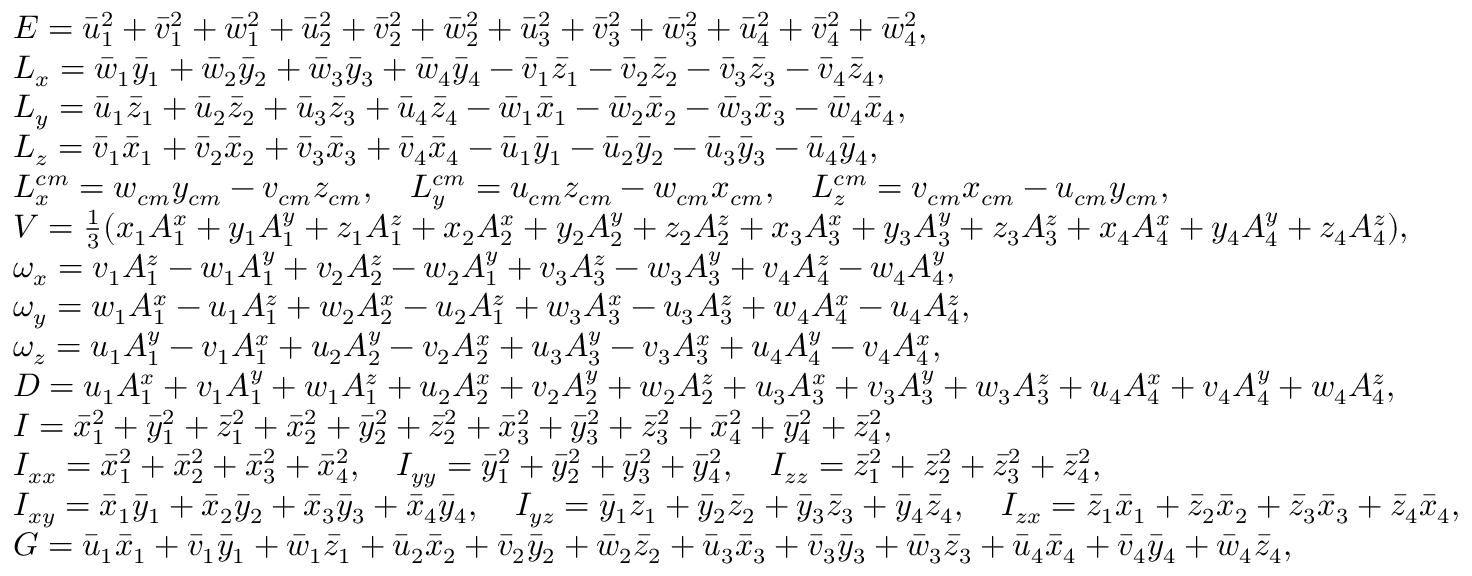
\small \begin{array} { r l } & { E = \Bar { u } _ { 1 } ^ { 2 } + \Bar { v } _ { 1 } ^ { 2 } + \Bar { w } _ { 1 } ^ { 2 } + \Bar { u } _ { 2 } ^ { 2 } + \Bar { v } _ { 2 } ^ { 2 } + \Bar { w } _ { 2 } ^ { 2 } + \Bar { u } _ { 3 } ^ { 2 } + \Bar { v } _ { 3 } ^ { 2 } + \Bar { w } _ { 3 } ^ { 2 } + \Bar { u } _ { 4 } ^ { 2 } + \Bar { v } _ { 4 } ^ { 2 } + \Bar { w } _ { 4 } ^ { 2 } , } \\ & { L _ { x } = \Bar { w } _ { 1 } \Bar { y } _ { 1 } + \Bar { w } _ { 2 } \Bar { y } _ { 2 } + \Bar { w } _ { 3 } \Bar { y } _ { 3 } + \Bar { w } _ { 4 } \Bar { y } _ { 4 } - \Bar { v } _ { 1 } \Bar { z } _ { 1 } - \Bar { v } _ { 2 } \Bar { z } _ { 2 } - \Bar { v } _ { 3 } \Bar { z } _ { 3 } - \Bar { v } _ { 4 } \Bar { z } _ { 4 } , } \\ & { L _ { y } = \Bar { u } _ { 1 } \Bar { z } _ { 1 } + \Bar { u } _ { 2 } \Bar { z } _ { 2 } + \Bar { u } _ { 3 } \Bar { z } _ { 3 } + \Bar { u } _ { 4 } \Bar { z } _ { 4 } - \Bar { w } _ { 1 } \Bar { x } _ { 1 } - \Bar { w } _ { 2 } \Bar { x } _ { 2 } - \Bar { w } _ { 3 } \Bar { x } _ { 3 } - \Bar { w } _ { 4 } \Bar { x } _ { 4 } , } \\ & { L _ { z } = \Bar { v } _ { 1 } \Bar { x } _ { 1 } + \Bar { v } _ { 2 } \Bar { x } _ { 2 } + \Bar { v } _ { 3 } \Bar { x } _ { 3 } + \Bar { v } _ { 4 } \Bar { x } _ { 4 } - \Bar { u } _ { 1 } \Bar { y } _ { 1 } - \Bar { u } _ { 2 } \Bar { y } _ { 2 } - \Bar { u } _ { 3 } \Bar { y } _ { 3 } - \Bar { u } _ { 4 } \Bar { y } _ { 4 } , } \\ & { L _ { x } ^ { c m } = w _ { c m } y _ { c m } - v _ { c m } z _ { c m } , \quad L _ { y } ^ { c m } = u _ { c m } z _ { c m } - w _ { c m } x _ { c m } , \quad L _ { z } ^ { c m } = v _ { c m } x _ { c m } - u _ { c m } y _ { c m } , } \\ & { V = \frac { 1 } { 3 } ( x _ { 1 } A _ { 1 } ^ { x } + y _ { 1 } A _ { 1 } ^ { y } + z _ { 1 } A _ { 1 } ^ { z } + x _ { 2 } A _ { 2 } ^ { x } + y _ { 2 } A _ { 2 } ^ { y } + z _ { 2 } A _ { 2 } ^ { z } + x _ { 3 } A _ { 3 } ^ { x } + y _ { 3 } A _ { 3 } ^ { y } + z _ { 3 } A _ { 3 } ^ { z } + x _ { 4 } A _ { 4 } ^ { x } + y _ { 4 } A _ { 4 } ^ { y } + z _ { 4 } A _ { 4 } ^ { z } ) , } \\ & { \omega _ { x } = v _ { 1 } A _ { 1 } ^ { z } - w _ { 1 } A _ { 1 } ^ { y } + v _ { 2 } A _ { 2 } ^ { z } - w _ { 2 } A _ { 1 } ^ { y } + v _ { 3 } A _ { 3 } ^ { z } - w _ { 3 } A _ { 3 } ^ { y } + v _ { 4 } A _ { 4 } ^ { z } - w _ { 4 } A _ { 4 } ^ { y } , } \\ & { \omega _ { y } = w _ { 1 } A _ { 1 } ^ { x } - u _ { 1 } A _ { 1 } ^ { z } + w _ { 2 } A _ { 2 } ^ { x } - u _ { 2 } A _ { 1 } ^ { z } + w _ { 3 } A _ { 3 } ^ { x } - u _ { 3 } A _ { 3 } ^ { z } + w _ { 4 } A _ { 4 } ^ { x } - u _ { 4 } A _ { 4 } ^ { z } , } \\ & { \omega _ { z } = u _ { 1 } A _ { 1 } ^ { y } - v _ { 1 } A _ { 1 } ^ { x } + u _ { 2 } A _ { 2 } ^ { y } - v _ { 2 } A _ { 2 } ^ { x } + u _ { 3 } A _ { 3 } ^ { y } - v _ { 3 } A _ { 3 } ^ { x } + u _ { 4 } A _ { 4 } ^ { y } - v _ { 4 } A _ { 4 } ^ { x } , } \\ & { D = u _ { 1 } A _ { 1 } ^ { x } + v _ { 1 } A _ { 1 } ^ { y } + w _ { 1 } A _ { 1 } ^ { z } + u _ { 2 } A _ { 2 } ^ { x } + v _ { 2 } A _ { 2 } ^ { y } + w _ { 2 } A _ { 2 } ^ { z } + u _ { 3 } A _ { 3 } ^ { x } + v _ { 3 } A _ { 3 } ^ { y } + w _ { 3 } A _ { 3 } ^ { z } + u _ { 4 } A _ { 4 } ^ { x } + v _ { 4 } A _ { 4 } ^ { y } + w _ { 4 } A _ { 4 } ^ { z } , } \\ & { I = \Bar { x } _ { 1 } ^ { 2 } + \Bar { y } _ { 1 } ^ { 2 } + \Bar { z } _ { 1 } ^ { 2 } + \Bar { x } _ { 2 } ^ { 2 } + \Bar { y } _ { 2 } ^ { 2 } + \Bar { z } _ { 2 } ^ { 2 } + \Bar { x } _ { 3 } ^ { 2 } + \Bar { y } _ { 3 } ^ { 2 } + \Bar { z } _ { 3 } ^ { 2 } + \Bar { x } _ { 4 } ^ { 2 } + \Bar { y } _ { 4 } ^ { 2 } + \Bar { z } _ { 4 } ^ { 2 } , } \\ & { I _ { x x } = \Bar { x } _ { 1 } ^ { 2 } + \Bar { x } _ { 2 } ^ { 2 } + \Bar { x } _ { 3 } ^ { 2 } + \Bar { x } _ { 4 } ^ { 2 } , \quad I _ { y y } = \Bar { y } _ { 1 } ^ { 2 } + \Bar { y } _ { 2 } ^ { 2 } + \Bar { y } _ { 3 } ^ { 2 } + \Bar { y } _ { 4 } ^ { 2 } , \quad I _ { z z } = \Bar { z } _ { 1 } ^ { 2 } + \Bar { z } _ { 2 } ^ { 2 } + \Bar { z } _ { 3 } ^ { 2 } + \Bar { z } _ { 4 } ^ { 2 } , } \\ & { I _ { x y } = \Bar { x } _ { 1 } \Bar { y } _ { 1 } + \Bar { x } _ { 2 } \Bar { y } _ { 2 } + \Bar { x } _ { 3 } \Bar { y } _ { 3 } + \Bar { x } _ { 4 } \Bar { y } _ { 4 } , \quad I _ { y z } = \Bar { y } _ { 1 } \Bar { z } _ { 1 } + \Bar { y } _ { 2 } \Bar { z } _ { 2 } + \Bar { y } _ { 3 } \Bar { z } _ { 3 } + \Bar { y } _ { 4 } \Bar { z } _ { 4 } , \quad I _ { z x } = \Bar { z } _ { 1 } \Bar { x } _ { 1 } + \Bar { z } _ { 2 } \Bar { x } _ { 2 } + \Bar { z } _ { 3 } \Bar { x } _ { 3 } + \Bar { z } _ { 4 } \Bar { x } _ { 4 } , } \\ & { G = \Bar { u } _ { 1 } \Bar { x } _ { 1 } + \Bar { v } _ { 1 } \Bar { y } _ { 1 } + \Bar { w } _ { 1 } \Bar { z } _ { 1 } + \Bar { u } _ { 2 } \Bar { x } _ { 2 } + \Bar { v } _ { 2 } \Bar { y } _ { 2 } + \Bar { w } _ { 2 } \Bar { z } _ { 2 } + \Bar { u } _ { 3 } \Bar { x } _ { 3 } + \Bar { v } _ { 3 } \Bar { y } _ { 3 } + \Bar { w } _ { 3 } \Bar { z } _ { 3 } + \Bar { u } _ { 4 } \Bar { x } _ { 4 } + \Bar { v } _ { 4 } \Bar { y } _ { 4 } + \Bar { w } _ { 4 } \Bar { z } _ { 4 } , } \end{array}